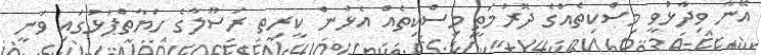
އޭނާ ވިދާޅުވީ މިސްކިތެއްގެ ދޮރުމަތީ މިސްކިތެއް އެޅުން ކީރިތ ރަސޫލާގެ ހަޔާތްޕުޅުގައި ވަނީ